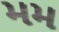
મમ